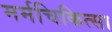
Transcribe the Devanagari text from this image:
मर्मचिकित्सा